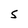
Character: 5